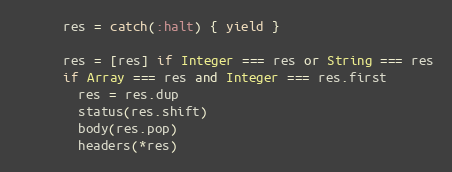
Language: Ruby
      res = catch(:halt) { yield }

      res = [res] if Integer === res or String === res
      if Array === res and Integer === res.first
        res = res.dup
        status(res.shift)
        body(res.pop)
        headers(*res)